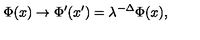
\Phi ( x ) \rightarrow \Phi ^ { \prime } ( x ^ { \prime } ) = \lambda ^ { - \Delta } \Phi ( x ) ,